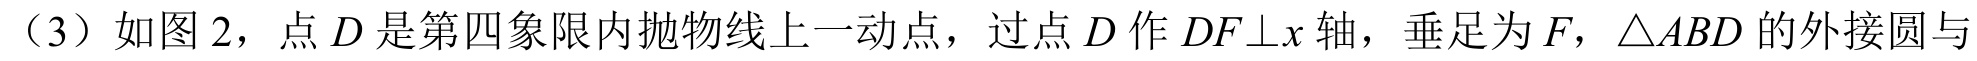
（3）如图 2，点 \(D\) 是第四象限内抛物线上一动点，过点 \(D\) 作 \(DF\bot x\) 轴，垂足为 \(F\)，\(\triangle ABD\) 的外接圆与